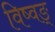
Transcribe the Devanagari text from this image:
विष्वङ्